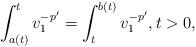
LaTeX: \begin{align*}\int_{a(t)}^t v_1^{-p'}=\int_t^{b(t)}v_1^{-p'},t>0,\end{align*}